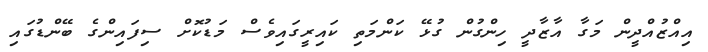
އިއްޒުއްދީން މަގާ އާޒާދީ ހިންގުން ގުޅޭ ކަންމަތި ކައިރީގައިވެސް މަޑުކޮށް ސިފައިންގެ ބޭންޑުގައި